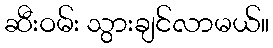
ဆီးဝမ်း သွားချင်လာမယ်။